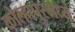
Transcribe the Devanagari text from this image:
कोल्हापुरमध्ये